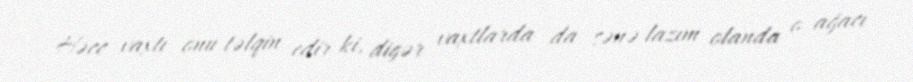
Həcc vaxtı onu təlqin edir ki, digər vaxtlarda da sənə lazım olanda o ağacı